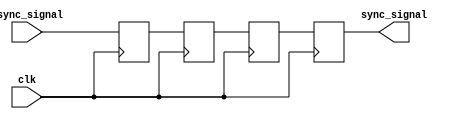
module triple_ff_synchronizer (
    input wire async_signal,  // Input signal from the asynchronous clock domain
    input wire clk,           // Clock signal of the destination clock domain
    output reg sync_signal     // Synchronized output signal
);

    // Internal signals for the flip-flops
    reg ff1, ff2, ff3;

    // Sequential logic for the three flip-flops
    always @(posedge clk) begin
        ff1 <= async_signal;  // First flip-flop samples the async_signal
        ff2 <= ff1;           // Second flip-flop samples the output of the first
        ff3 <= ff2;           // Third flip-flop samples the output of the second
    end

    // Output the synchronized signal from the third flip-flop
    always @(posedge clk) begin
        sync_signal <= ff3;   // Final synchronized output
    end

endmodule